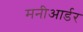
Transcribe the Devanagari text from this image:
मनीआर्डर